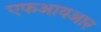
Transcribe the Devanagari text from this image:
एफआयआर